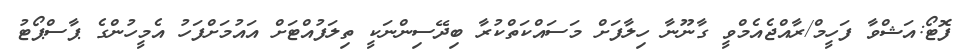
ފޮޓޯ:އަޝްވާ ފަހީމް/ރާއްޖެއެމްވީ ގާނޫނާ ހިލާފަށް މަސައްކަތްކުރާ ބިދޭސިންނަކީ ތިލަފުއްޓަށް އައުމަށްފަހު އެމީހުންގެ ޕާސްޕޯޓު